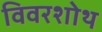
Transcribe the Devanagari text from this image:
विवरशोथ